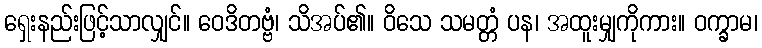
ရှေးနည်းဖြင့်သာလျှင်။ ဝေဒိတဗ္ဗံ၊ သိအပ်၏။ ဝိသေ သမတ္တံ ပန၊ အထူးမျှကိုကား။ ဝက္ခာမ၊